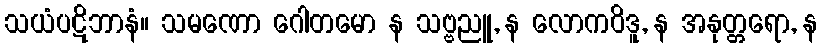
သယံပဋိဘာနံ။ သမဏော ဂေါတမော န သဗ္ဗညူ, န လောကဝိဒူ, န အနုတ္တရော, န